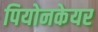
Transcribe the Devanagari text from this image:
पियोनकेयर